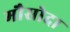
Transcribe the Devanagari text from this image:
मौसोदा